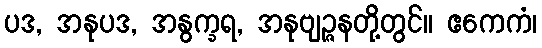
ပဒ, အနုပဒ, အနွက္ခရ, အနုဗျဉ္ဇနတို့တွင်။ ဧကေကံ၊